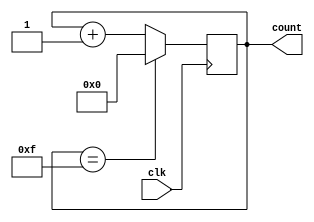
module lab_five_part_two(
input wire clk,
output reg [3:0] count
);

initial begin
count = 4'b0000;
end


always @ (posedge clk)
begin
if (count == 4'b1111)
 count <= 4'b0000;
 else
 count <= count + 1;
 end
 
endmodule